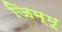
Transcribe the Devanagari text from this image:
जिम्मू